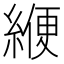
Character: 緶